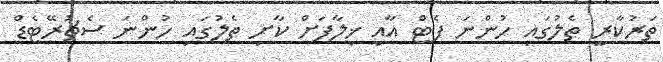
ތަރުކާރީ ތެލުގައި ހުންނަ ފެޓް އާއި ޚިލާފަށް ކާށި ތެލުގައި ހުންނަ ސެޗުރޭޓެޑް